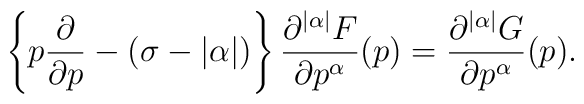
\left\{p\frac{\partial}{\partial p}-(\sigma-|\alpha|)\right\}\frac{\partial^{|\alpha|}F}{\partial p^\alpha}(p)=\frac{\partial^{|\alpha|}G}{\partial p^\alpha}(p).